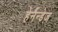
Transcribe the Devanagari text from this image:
हेर्नैन्डेज़